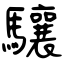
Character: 驤